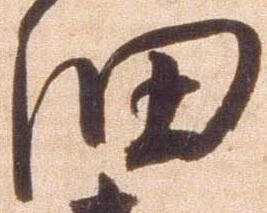
細